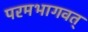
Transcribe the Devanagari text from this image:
परमभागवत्